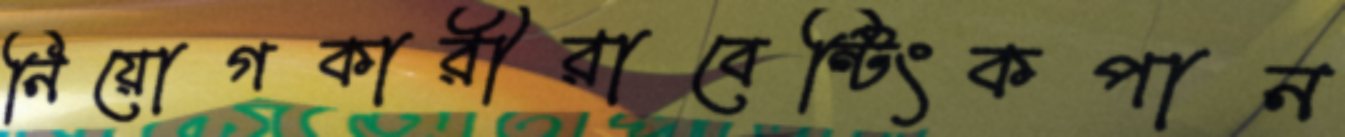
নিয়োগকারীরাবেন্টিংকপান